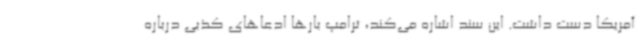
آمریکا دست داشت. این سند اشاره می‌کند، ترامپ بارها ادعاهای کذبی درباره